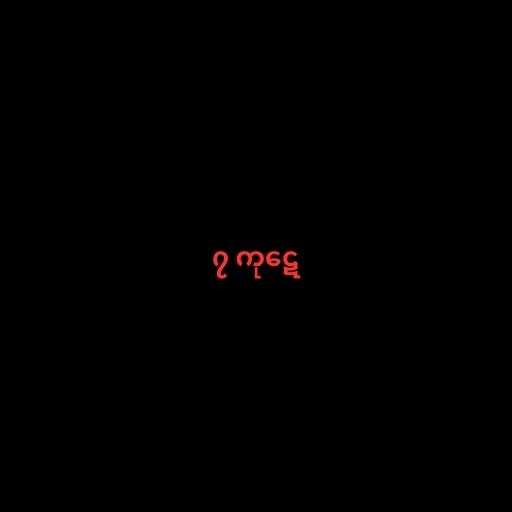
၇ ကုဋေ